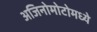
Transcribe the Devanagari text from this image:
अजिनोमोटोमध्ये